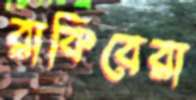
রাকিবেরা